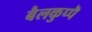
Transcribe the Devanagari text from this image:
बैलकुप्पॆ